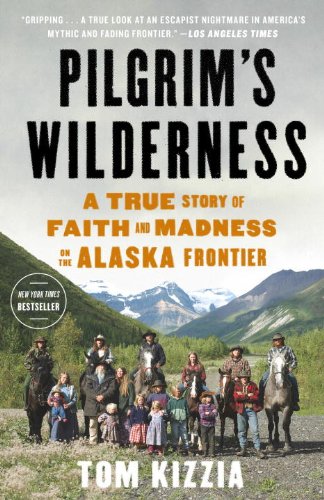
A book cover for Pilgrim's Wilderness: A True Story of Faith and Madness on the Alaska Frontier; Tom Kizzia; Parenting & Relationships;